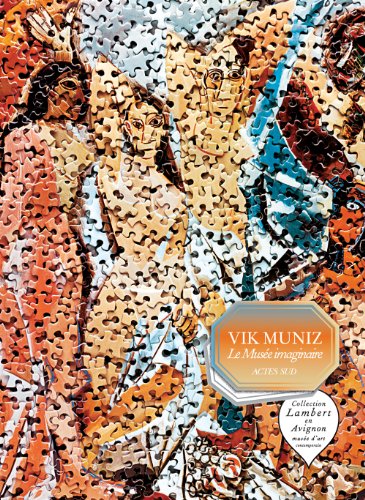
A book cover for Vik Muniz: Le MusÃ©e Imaginaire; Arts & Photography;